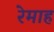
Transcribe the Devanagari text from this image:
रेमाह